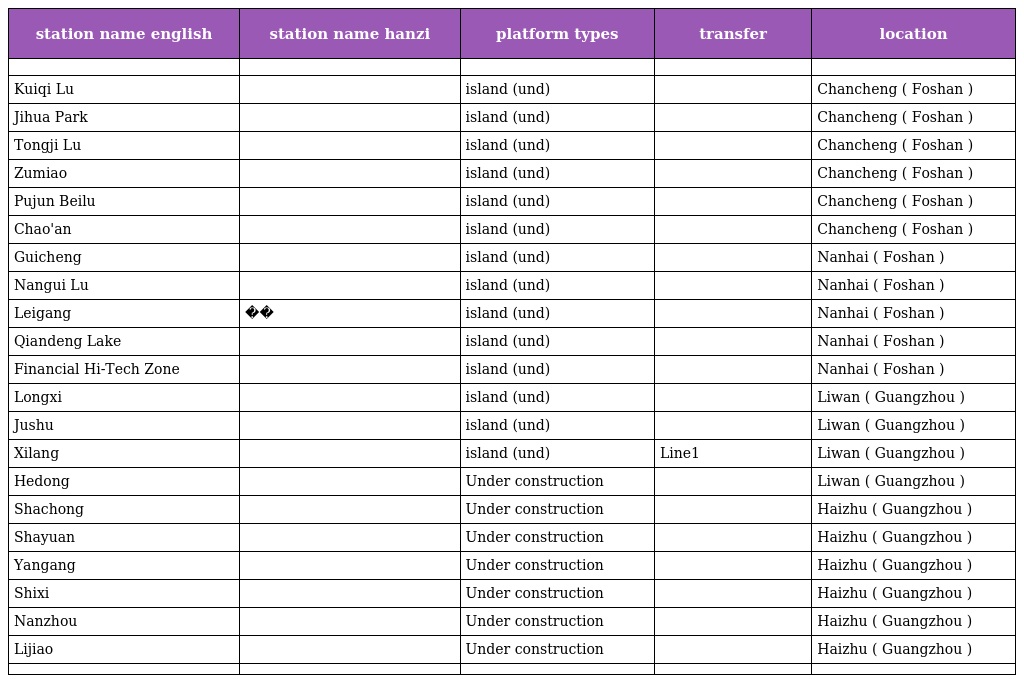
| station name english | station name hanzi | platform types | transfer | location |
 | --- | --- | --- | --- | --- |
 |  |  |  |  |  |
 | Kuiqi Lu | 魁奇路 | island (und) |  | Chancheng ( Foshan ) |
 | Jihua Park | 季华园 | island (und) |  | Chancheng ( Foshan ) |
 | Tongji Lu | 同济路 | island (und) |  | Chancheng ( Foshan ) |
 | Zumiao | 祖庙 | island (und) |  | Chancheng ( Foshan ) |
 | Pujun Beilu | 普君北路 | island (und) |  | Chancheng ( Foshan ) |
 | Chao'an | 朝安 | island (und) |  | Chancheng ( Foshan ) |
 | Guicheng | 桂城 | island (und) |  | Nanhai ( Foshan ) |
 | Nangui Lu | 南桂路 | island (und) |  | Nanhai ( Foshan ) |
 | Leigang | ��岗 | island (und) |  | Nanhai ( Foshan ) |
 | Qiandeng Lake | 千灯湖 | island (und) |  | Nanhai ( Foshan ) |
 | Financial Hi-Tech Zone | 金融高新区 | island (und) |  | Nanhai ( Foshan ) |
 | Longxi | 龙溪 | island (und) |  | Liwan ( Guangzhou ) |
 | Jushu | 菊树 | island (und) |  | Liwan ( Guangzhou ) |
 | Xilang | 西朗 | island (und) | Line1 | Liwan ( Guangzhou ) |
 | Hedong | 鹤洞 | Under construction |  | Liwan ( Guangzhou ) |
 | Shachong | 沙涌 | Under construction |  | Haizhu ( Guangzhou ) |
 | Shayuan | 沙园 | Under construction |  | Haizhu ( Guangzhou ) |
 | Yangang | 燕岗 | Under construction |  | Haizhu ( Guangzhou ) |
 | Shixi | 石溪 | Under construction |  | Haizhu ( Guangzhou ) |
 | Nanzhou | 南洲 | Under construction |  | Haizhu ( Guangzhou ) |
 | Lijiao | 沥滘 | Under construction |  | Haizhu ( Guangzhou ) |
 |  |  |  |  |  |